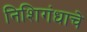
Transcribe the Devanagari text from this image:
निशिगंधाचे